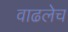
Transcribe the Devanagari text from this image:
वाढलेच